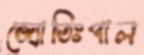
জ্যোতিঃপাল